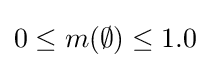
0\leq m(\emptyset )\leq 1.0